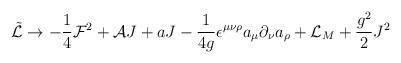
LaTeX: \begin{align*}\tilde{{\cal L}}\rightarrow-\frac{1}{4}{\cal F}^2+{\cal A}J+aJ-\frac{1}{4g}\epsilon^{\mu\nu\rho}a_\mu\partial_\nu a_\rho + {\cal L}_M +\frac{g^2}{2} J^2\end{align*}